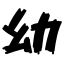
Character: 幼